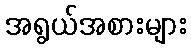
အရွယ်အစားများ